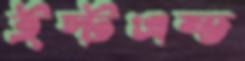
ইস্টএন্ড